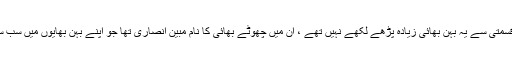
والدہ کے چچا کی اولادوں میں تین بیٹیاں اور دو بیٹے تھے، بدقسمتی سے یہ بہن بھائی زیادہ پڑھے لکھے نہیں تھے ، ان میں چھوٹے بھائی کا نام مبین انصاری تھا جو اپنے بہن بھایوں میں سب سے چھوٹے تھے اور گھر میں سب ان کو مبن کہا کرتے تھے۔